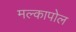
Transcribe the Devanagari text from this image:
मल्कापोल